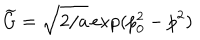
\widetilde { G } = \sqrt { 2 / a } \exp ( p _ { 0 } ^ { 2 } - p ^ { 2 } )